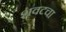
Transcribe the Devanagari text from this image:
शवटचा